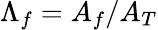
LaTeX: \Lambda_{f}=A_{f}/A_{T}